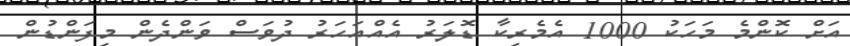
އަށް ކޮންމެ މަހަކު 1000 އެމެރިކާ ޑޮލަރު އެއްއަހަރު ދުވަސް ވަންދެން މިފަންޑުން